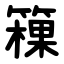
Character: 䉓